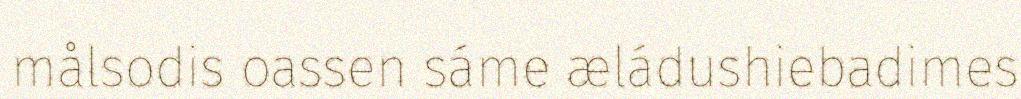
målsodis oassen sáme æládushiebadimes